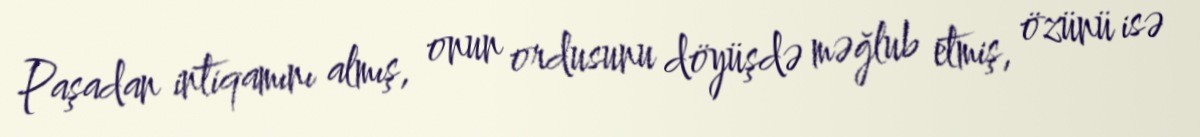
Paşadan intiqamını almış, onun ordusunu döyüşdə məğlub etmiş, özünü isə